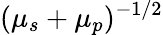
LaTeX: (\mu_{s}+\mu_{p})^{-1/2}